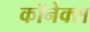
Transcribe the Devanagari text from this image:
कॉनेक्स